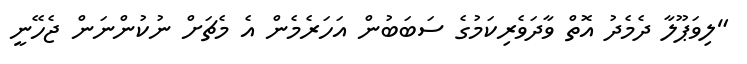
"ލިވަޕޫލާ ދެމެދު އޮތް ވާދަވެރިކަމުގެ ސަބަބުން އަހަރެމެން އެ މެޗަށް ނުުކުންނަން ޖެހޭނީ